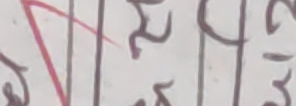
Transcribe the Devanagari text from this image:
रा